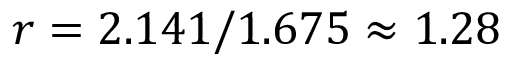
r = 2 . 1 4 1 / 1 . 6 7 5 \approx 1 . 2 8